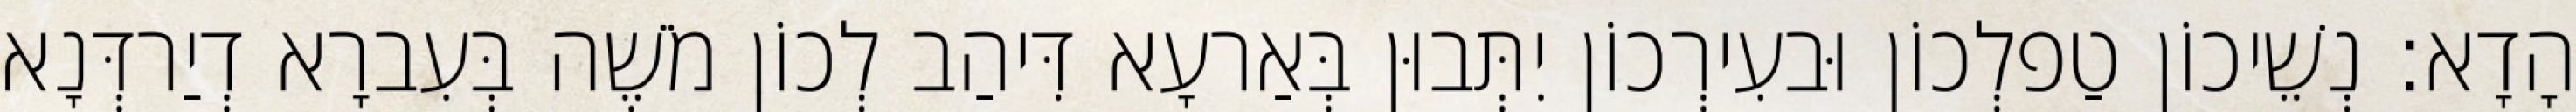
הָדָא׃ נְשֵׁיכוֹן טַפלְכוֹן וּבעִירְכוֹן יִתְּבוּן בְּאַרעָא דִּיהַב לְכוֹן מֹשֶׁה בְּעִברָא דְיַרדְּנָא